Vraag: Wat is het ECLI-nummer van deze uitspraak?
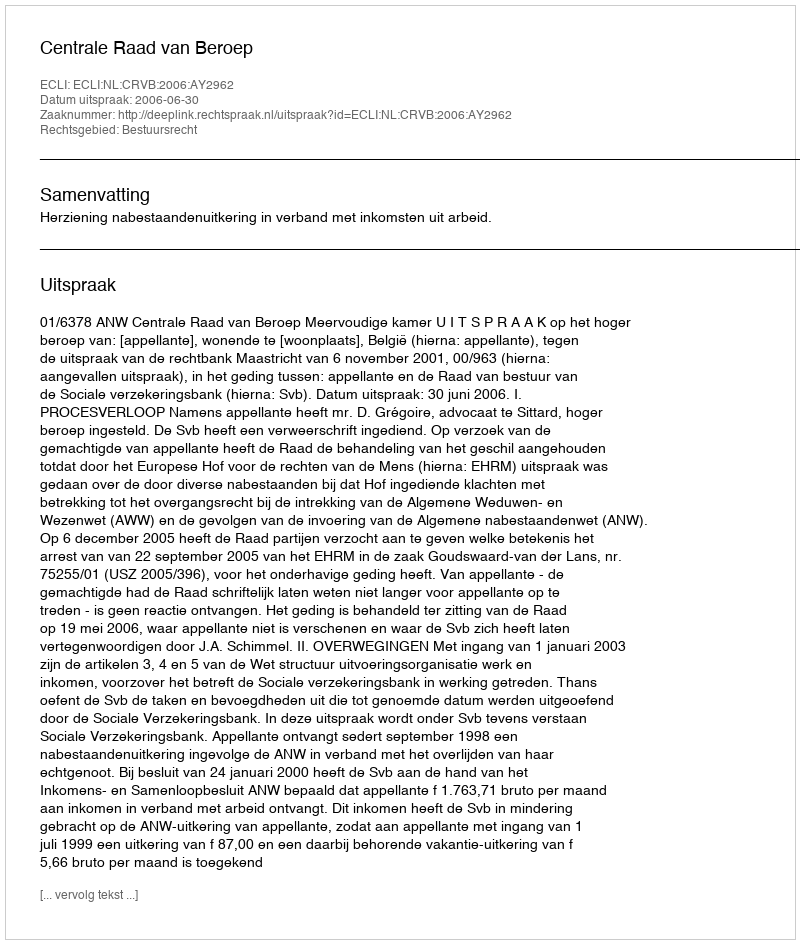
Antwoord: ECLI:NL:CRVB:2006:AY2962